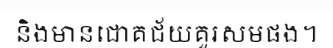
និងមានជោគជ័យគួរសមផង។